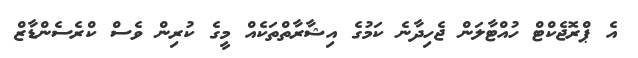
އެ ޕްރޮޖެކްޓް ހުއްޓާލަން ޖެހިދާނެ ކަމުގެ އިޝާރާތްތަކެއް މީގެ ކުރިން ވެސް ކްރެސެންޑާޒް